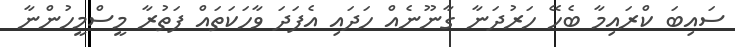
ސައިބަ ކްރައިމާ ބެހޭ ހަރުދަނާ ގާނޫނެއް ހަދައި އެފަދަ ވާހަކަތައް ފަތުރާ މީސްމީހުންނާ